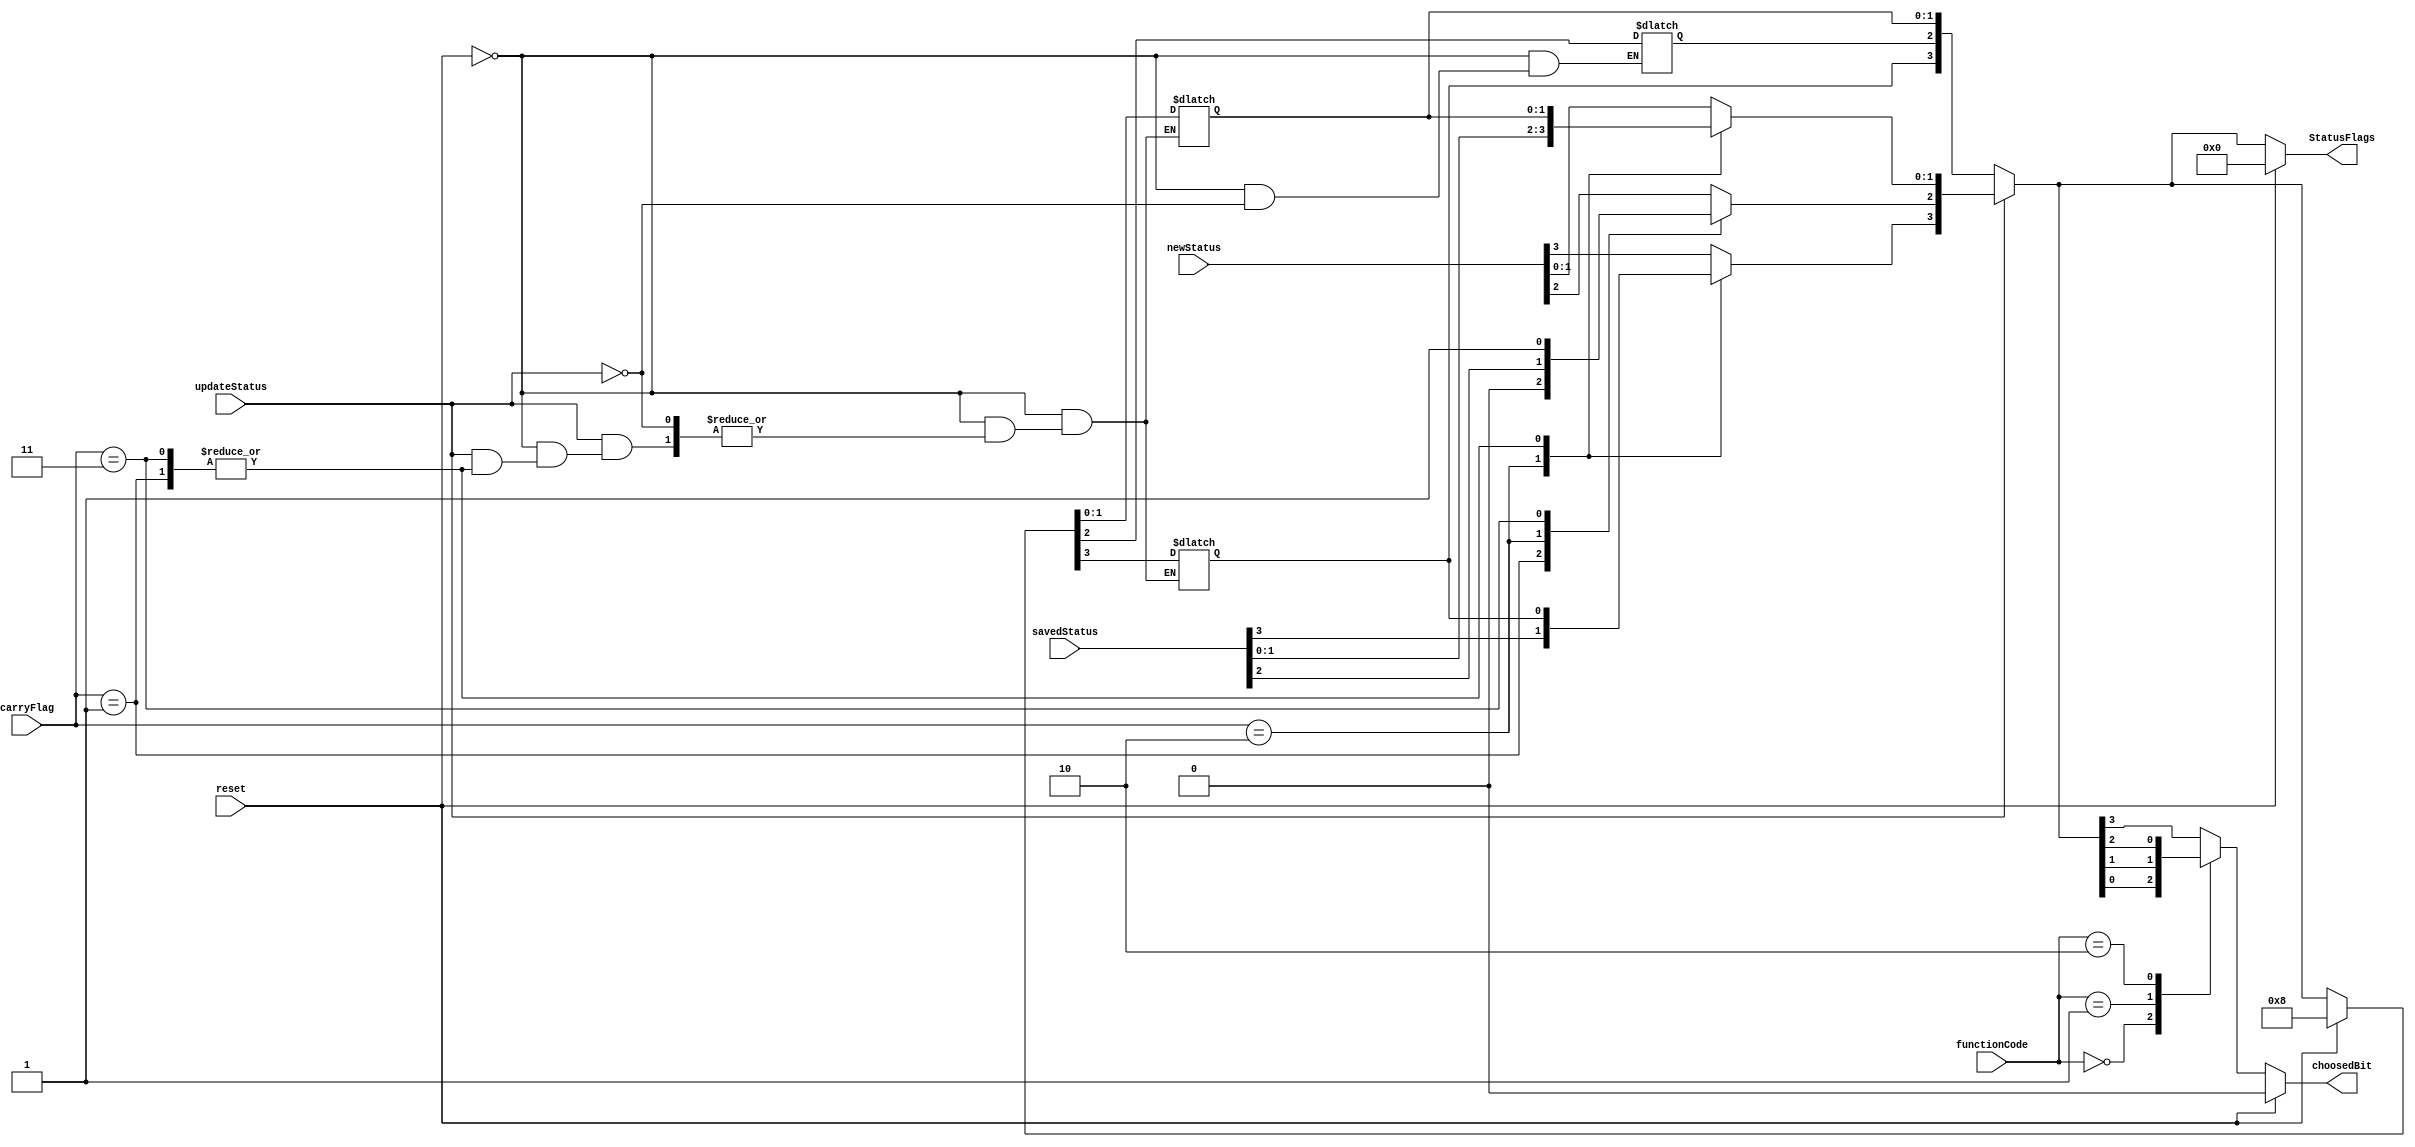
module StatusRegister (
	input updateStatus,
	input [1:0] carryFlag,
	input [2:0] functionCode,
	input [3:0] newStatus, savedStatus,
	input reset,
	output reg choosedBit,
	output reg [3:0] StatusFlags
);
  reg [3:0] CCR;  // 1 | carry | negative | zero
	
	initial begin
    CCR = 4'b1000;
	choosedBit = 0;
	StatusFlags = 0;
  end

	always @(*) begin
		if (reset) begin
			CCR = 4'b1000;
			choosedBit = 0;
			StatusFlags = 0;
		end else begin
			if (updateStatus) begin
				case (carryFlag)
					2'b00 : CCR = newStatus;
					2'b01 : CCR[2] = 0;
					2'b10 : CCR = savedStatus;
					2'b11 : CCR[2] = 1;
					default: CCR = CCR;
				endcase
			end else begin
				CCR = CCR;
			end

			case (functionCode)
				3'b000: choosedBit = CCR[0];
				3'b001: choosedBit = CCR[1];
				3'b010: choosedBit = CCR[2];
				3'b011: choosedBit = CCR[3];
				default: choosedBit = CCR[3];
			endcase

			StatusFlags = CCR;
		end
	end
endmodule